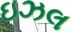
ઇઝલ